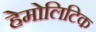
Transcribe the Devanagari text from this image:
हेमोलिटिक